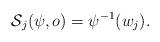
LaTeX: \begin{align*}\mathcal S_j(\psi,o) =\psi^{-1}(w_j).\end{align*}